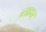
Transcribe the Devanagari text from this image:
व्र्ताहार